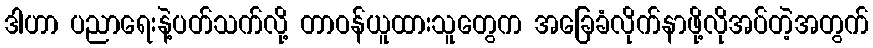
ဒါဟာ ပညာရေးနဲ့ပတ်သက်လို့ တာဝန်ယူထားသူတွေက အခြေခံလိုက်နာဖို့လိုအပ်တဲ့အတွက်